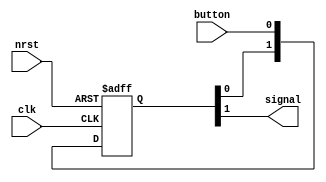
module t09_synchronizer (
	button,
	clk,
	nrst,
	signal
);
	input wire button;
	input wire clk;
	input wire nrst;
	output wire signal;
	reg [1:0] Q;
	always @(posedge clk or negedge nrst)
		if (~nrst)
			Q <= 0;
		else
			Q <= {Q[0], button};
	assign signal = Q[1];
endmodule